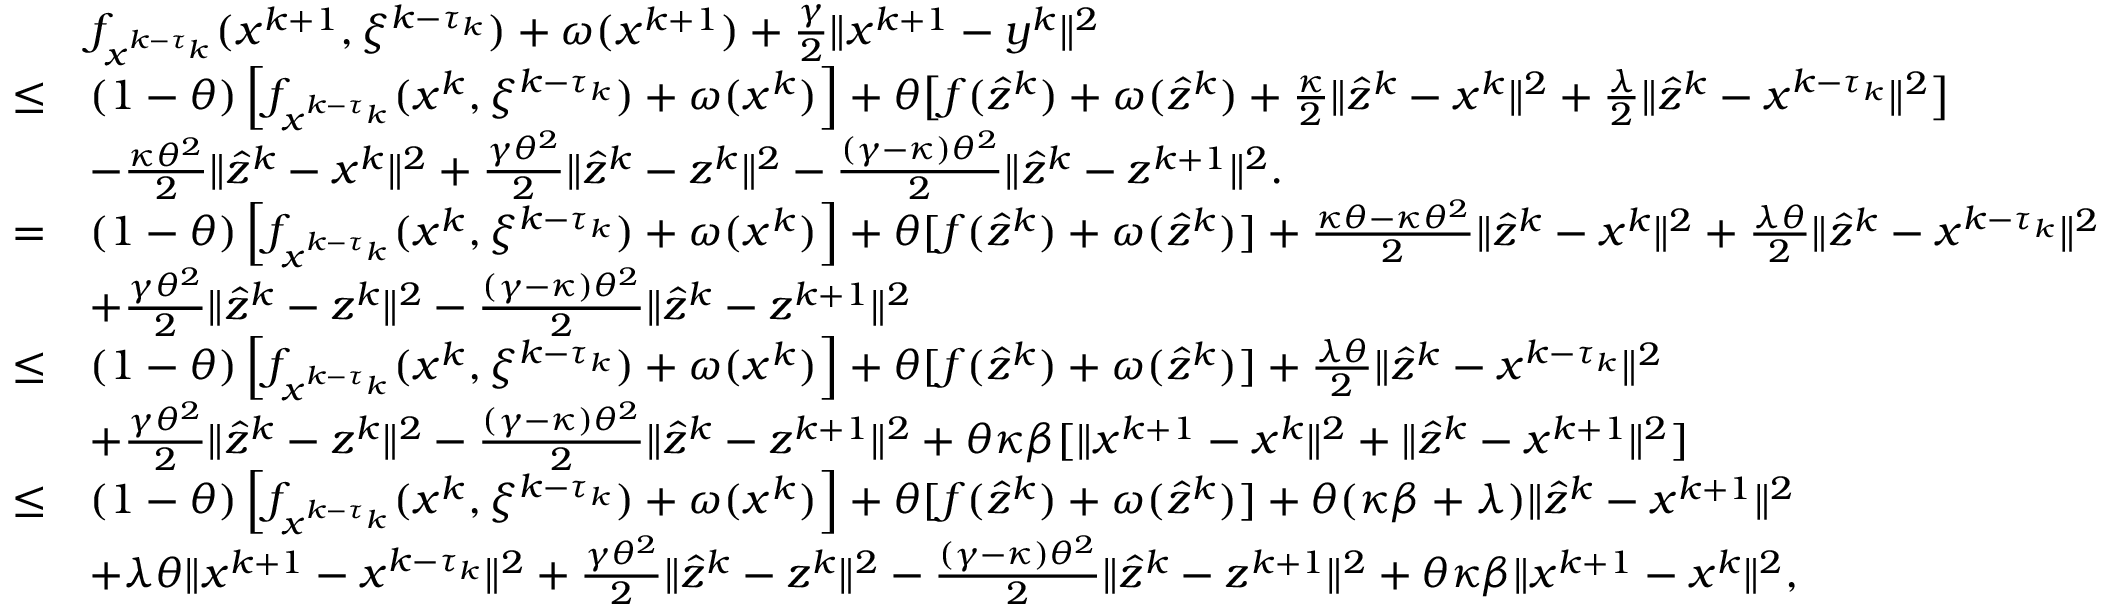
\begin{array} { r l } & { f _ { x ^ { k - \tau _ { k } } } ( x ^ { k + 1 } , \xi ^ { k - \tau _ { k } } ) + \omega ( x ^ { k + 1 } ) + \frac { \gamma } { 2 } \| x ^ { k + 1 } - y ^ { k } \| ^ { 2 } } \\ { \leq } & { ( 1 - \theta ) \left[ f _ { x ^ { k - \tau _ { k } } } ( x ^ { k } , \xi ^ { k - \tau _ { k } } ) + \omega ( x ^ { k } ) \right] + \theta \big [ f ( \hat { z } ^ { k } ) + \omega ( \hat { z } ^ { k } ) + \frac { \kappa } { 2 } \| \hat { z } ^ { k } - x ^ { k } \| ^ { 2 } + \frac { \lambda } { 2 } \| \hat { z } ^ { k } - x ^ { k - \tau _ { k } } \| ^ { 2 } \big ] } \\ & { - \frac { \kappa \theta ^ { 2 } } { 2 } \| \hat { z } ^ { k } - x ^ { k } \| ^ { 2 } + \frac { \gamma \theta ^ { 2 } } { 2 } \| \hat { z } ^ { k } - z ^ { k } \| ^ { 2 } - \frac { ( \gamma - \kappa ) \theta ^ { 2 } } { 2 } \| \hat { z } ^ { k } - z ^ { k + 1 } \| ^ { 2 } . } \\ { = } & { ( 1 - \theta ) \left[ f _ { x ^ { k - \tau _ { k } } } ( x ^ { k } , \xi ^ { k - \tau _ { k } } ) + \omega ( x ^ { k } ) \right] + \theta [ f ( \hat { z } ^ { k } ) + \omega ( \hat { z } ^ { k } ) ] + \frac { \kappa \theta - \kappa \theta ^ { 2 } } { 2 } \| \hat { z } ^ { k } - x ^ { k } \| ^ { 2 } + \frac { \lambda \theta } { 2 } \| \hat { z } ^ { k } - x ^ { k - \tau _ { k } } \| ^ { 2 } } \\ & { + \frac { \gamma \theta ^ { 2 } } { 2 } \| \hat { z } ^ { k } - z ^ { k } \| ^ { 2 } - \frac { ( \gamma - \kappa ) \theta ^ { 2 } } { 2 } \| \hat { z } ^ { k } - z ^ { k + 1 } \| ^ { 2 } } \\ { \leq } & { ( 1 - \theta ) \left[ f _ { x ^ { k - \tau _ { k } } } ( x ^ { k } , \xi ^ { k - \tau _ { k } } ) + \omega ( x ^ { k } ) \right] + \theta [ f ( \hat { z } ^ { k } ) + \omega ( \hat { z } ^ { k } ) ] + \frac { \lambda \theta } { 2 } \| \hat { z } ^ { k } - x ^ { k - \tau _ { k } } \| ^ { 2 } } \\ & { + \frac { \gamma \theta ^ { 2 } } { 2 } \| \hat { z } ^ { k } - z ^ { k } \| ^ { 2 } - \frac { ( \gamma - \kappa ) \theta ^ { 2 } } { 2 } \| \hat { z } ^ { k } - z ^ { k + 1 } \| ^ { 2 } + \theta \kappa \beta [ \| x ^ { k + 1 } - x ^ { k } \| ^ { 2 } + \| \hat { z } ^ { k } - x ^ { k + 1 } \| ^ { 2 } ] } \\ { \leq } & { ( 1 - \theta ) \left[ f _ { x ^ { k - \tau _ { k } } } ( x ^ { k } , \xi ^ { k - \tau _ { k } } ) + \omega ( x ^ { k } ) \right] + \theta [ f ( \hat { z } ^ { k } ) + \omega ( \hat { z } ^ { k } ) ] + \theta ( \kappa \beta + \lambda ) \| \hat { z } ^ { k } - x ^ { k + 1 } \| ^ { 2 } } \\ & { + \lambda \theta \| x ^ { k + 1 } - x ^ { k - \tau _ { k } } \| ^ { 2 } + \frac { \gamma \theta ^ { 2 } } { 2 } \| \hat { z } ^ { k } - z ^ { k } \| ^ { 2 } - \frac { ( \gamma - \kappa ) \theta ^ { 2 } } { 2 } \| \hat { z } ^ { k } - z ^ { k + 1 } \| ^ { 2 } + \theta \kappa \beta \| x ^ { k + 1 } - x ^ { k } \| ^ { 2 } , } \end{array}